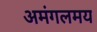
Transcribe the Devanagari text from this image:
अमंगलमय